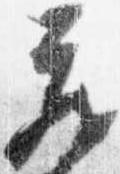
蔵